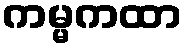
ကမ္မကထာ